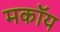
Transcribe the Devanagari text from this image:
मकॉय